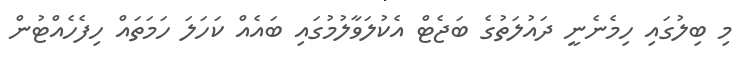
މި ބިލުގައި ހިމެނެނީ ދައުލަތުގެ ބަޖެޓް އެކުލަވާލުމުގައި ބައެއް ކަހަލަ ހަމަތައް ހިފެހެއްޓުން